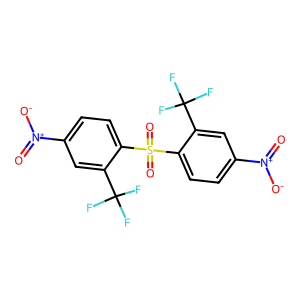
SMILES: O=[N+]([O-])c1ccc(S(=O)(=O)c2ccc([N+](=O)[O-])cc2C(F)(F)F)c(C(F)(F)F)c1
Inhibits HIV replication: No